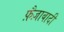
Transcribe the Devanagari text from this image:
फ़ैज़ाबादी